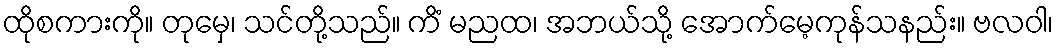
ထိုစကားကို။ တုမှေ၊ သင်တို့သည်။ ကိံ မညထ၊ အဘယ်သို့ အောက်မေ့ကုန်သနည်း။ ဗလဝါ၊